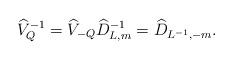
LaTeX: \begin{align*}\widehat{V}_Q^{-1} = \widehat{V}_{-Q} \widehat{D}_{L,m}^{-1} = \widehat{D}_{L^{-1},-m}.\end{align*}